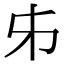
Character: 𠂔